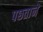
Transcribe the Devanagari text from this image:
पछताने